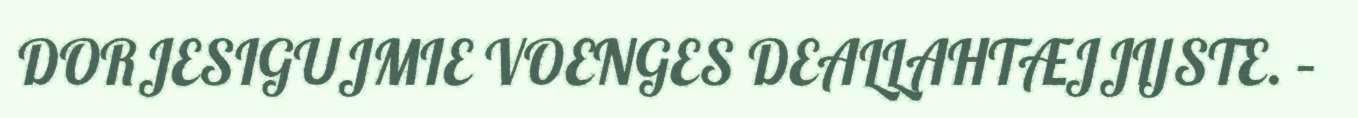
DORJESIGUJMIE VOENGES DEALLAHTÆJJIJSTE. –